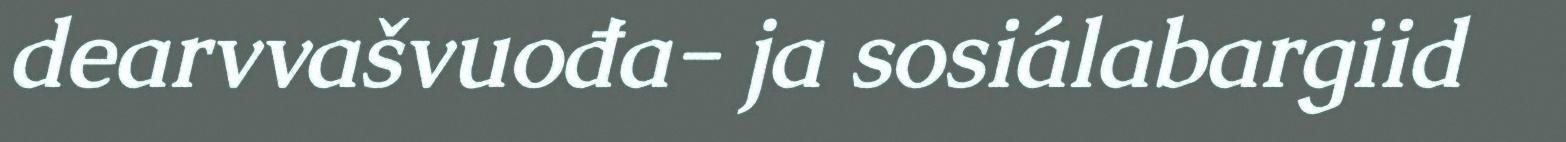
dearvvašvuođa- ja sosiálabargiid